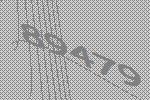
89479